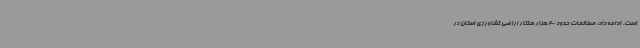
است، ادامه داد: مطالعات حدود 200 هزار هکتار اراضی کشاورزی استان در